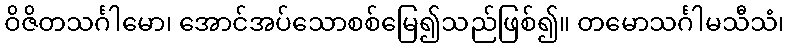
ဝိဇိတသင်္ဂါမော၊ အောင်အပ်သောစစ်မြေ၍သည်ဖြစ်၍။ တမောသင်္ဂါမသီသံ၊